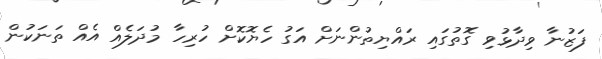
ފަޒުނާ ވިދާޅުވި ގޮތުގައި ރައްޔިތުންނަށް އަގު ހެޔޮކޮށް ހުރިހާ މުދަލެއް އެއް ތަނަކުން